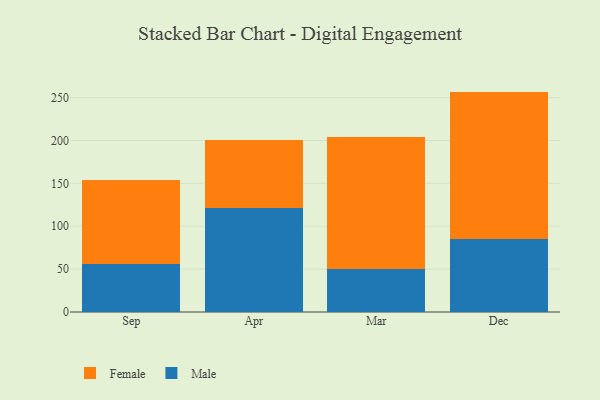
{"axis": {"x": "Month", "y": "Waste Production (Tons)"}, "legend": ["Female", "Male"], "data": [{"x": "Sep", "y": 55.9, "type": "Male"}, {"x": "Sep", "y": 97.7, "type": "Female"}, {"x": "Apr", "y": 120.8, "type": "Male"}, {"x": "Apr", "y": 79.7, "type": "Female"}, {"x": "Mar", "y": 50.2, "type": "Male"}, {"x": "Mar", "y": 153.8, "type": "Female"}, {"x": "Dec", "y": 84.9, "type": "Male"}, {"x": "Dec", "y": 172.1, "type": "Female"}]}